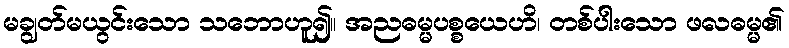
မချွတ်မယွင်းသော သဘောဟူ၍။ အညဓမ္မပစ္စယေဟိ၊ တစ်ပါးသော ဖလဓမ္မ၏